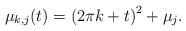
LaTeX: \begin{align*}\mu_{k,j}(t)=\left( 2\pi k+t\right) ^{2}+\mu_{j}. \end{align*}